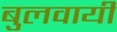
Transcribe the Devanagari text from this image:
बुलवायी